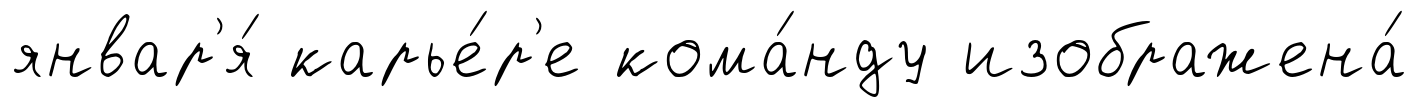
январ'я́ карье́р'е кома́нду изображена́